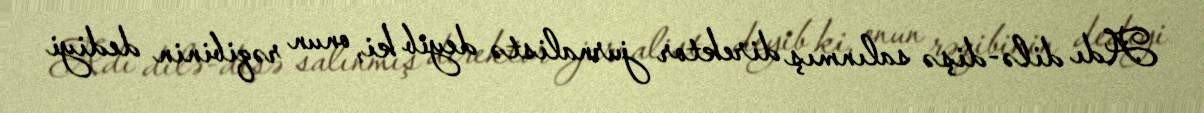
Adı dilə-dişə salınmış direktor jurnalistə deyib ki, onun rəqibinin dediyi